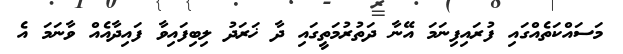
މަސައްކަތެއްގައި ފުރައިފިނަމަ އޭނާ ދަތުރުމަތީގައި ދާ ޚަރަދު ލިބިފައިވާ ފައިދާއެއް ވާނަމަ އެ